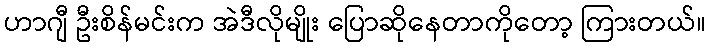
ဟာဂျီ ဦးစိန်မင်းက အဲဒီလိုမျိုး ပြောဆိုနေတာကိုတော့ ကြားတယ်။